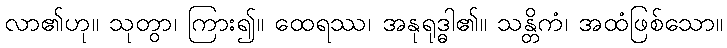
လာ၏ဟု။ သုတွာ၊ ကြား၍။ ထေရဿ၊ အနုရုဒ္ဓါ၏။ သန္တိကံ၊ အထံဖြစ်သော။